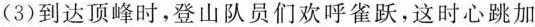
(3)到达顶峰时，登山队员们欢呼雀跃，这时心跳加